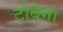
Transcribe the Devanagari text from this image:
टोबेगा